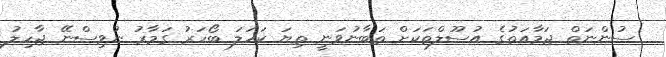
ސުންނަތް ޖަމާއަތުގެ އުސޫލްތަކަށް ތަބާނުވަނީ ތިޔަ ކަހަލަ ބޯހަރު ގަމާރު ނުވިސްނޭ ޖާހިލު